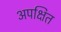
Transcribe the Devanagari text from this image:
अपक्षित